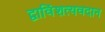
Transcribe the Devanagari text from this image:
द्वाविंशत्यवदान